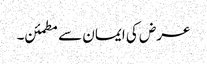
عرض کی ایمان سے مطمئن۔